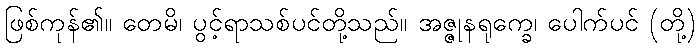
ဖြစ်ကုန်၏။ တေမိ၊ ပွင့်ရာသစ်ပင်တို့သည်။ အဇ္ဇုနရုက္ခေ၊ ပေါက်ပင် (တို့)